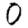
Digit: 0